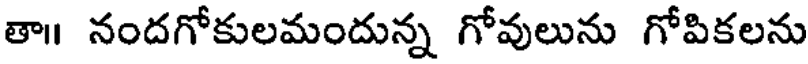
తా॥ నందగోకులమందున్న గోవులును గోపికలను